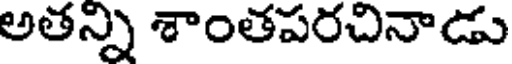
అతన్ని శాంతపరచినాడు